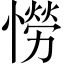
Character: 憦